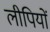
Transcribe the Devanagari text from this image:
लीपियों